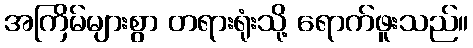
အကြိမ်များစွာ တရားရုံးသို့ ရောက်ဖူးသည်။